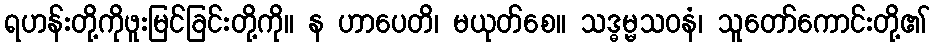
ရဟန်းတို့ကိုဖူးမြင်ခြင်းတို့ကို။ န ဟာပေတိ၊ မယုတ်စေ။ သဒ္ဓမ္မသဝနံ၊ သူတော်ကောင်းတို့၏